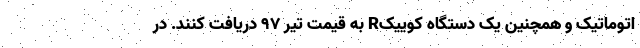
اتوماتیک و همچنین یک دستگاه کوییکR به قیمت تیر ۹۷ دریافت کنند. در